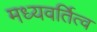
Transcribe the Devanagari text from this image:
मध्यवर्तित्व